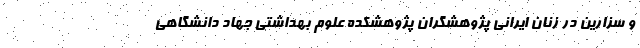
و سزارین در زنان ایرانی پژوهشگران پژوهشکده علوم بهداشتی جهاد دانشگاهی